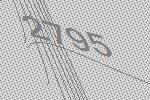
2795